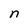
Character: n